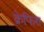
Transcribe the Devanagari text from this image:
क्रेफिश